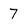
Character: 7